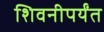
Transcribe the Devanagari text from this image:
शिवनीपर्यंत